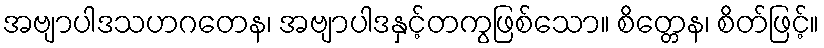
အဗျာပါဒသဟဂတေန၊ အဗျာပါဒနှင့်တကွဖြစ်သော။ စိတ္တေန၊ စိတ်ဖြင့်။